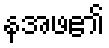
နအဖ၏